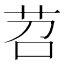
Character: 苕